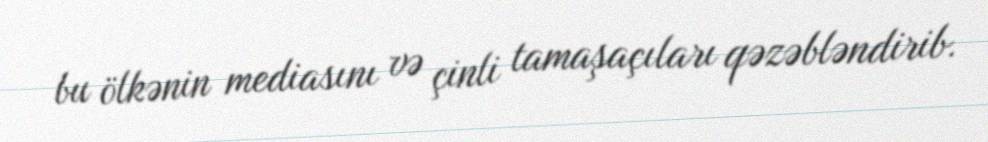
bu ölkənin mediasını və çinli tamaşaçıları qəzəbləndirib.